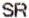
SR